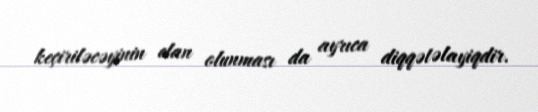
keçiriləcəyinin elan olunması da ayrıca diqqətəlayiqdir.